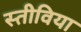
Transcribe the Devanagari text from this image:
स्तीविया